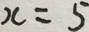
x = 5